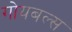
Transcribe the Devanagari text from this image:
गोयबल्स